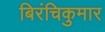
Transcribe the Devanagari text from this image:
बिरंचिकुमार